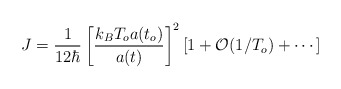
\begin{align*}J = \frac{1}{12 \hbar}\left[ \frac{k_B T_o a(t_o)}{a(t)}\right]^2\left[1+{\cal{O}}(1/T_o) + \cdots \right] \end{align*}